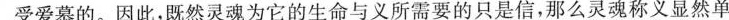
受爱慕的。因此，既然灵魂为它的生命与义所需要的只是信，那么灵魂称义显然单